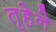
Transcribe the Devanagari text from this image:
तृहेने